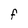
Character: F